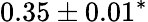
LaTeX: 0.35\pm 0.01^{\ast}